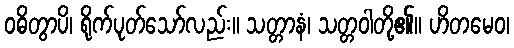
ဝဓိတွာပိ၊ ရိုက်ပုတ်သော်လည်း။ သတ္တာနံ၊ သတ္တဝါတို့၏။ ဟိတမေဝ၊